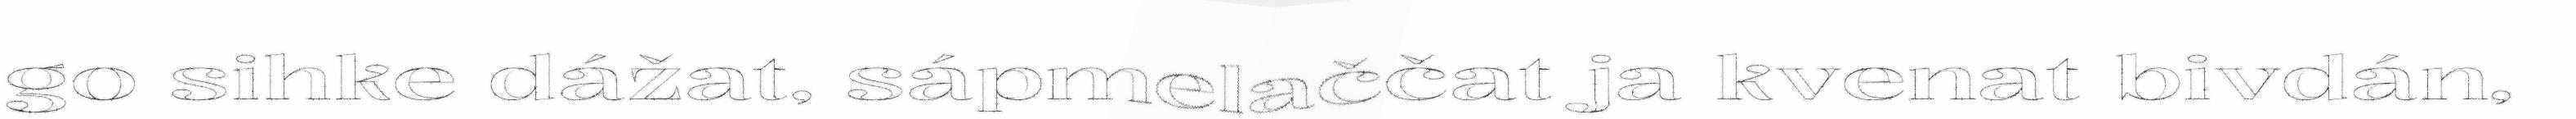
go sihke dážat, sápmelaččat ja kvenat bivdán,